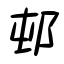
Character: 邨